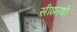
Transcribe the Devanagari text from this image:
सीझरशी